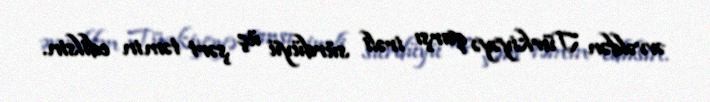
əvvəldən Türkiyəyə qarşı irəli sürdüyü üç şərt təmin edilsin.